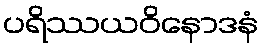
ပရိဿယဝိနောဒနံ